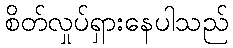
စိတ်လှုပ်ရှားနေပါသည်